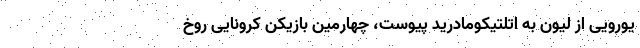
یورویی از لیون به اتلتیکومادرید پیوست، چهارمین بازیکن کرونایی روخ